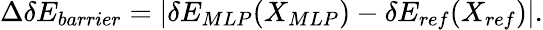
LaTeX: \Delta\delta E_{barrier}=|\delta E_{MLP}(X_{MLP})-\delta E_{ref}(X_{ref})|.